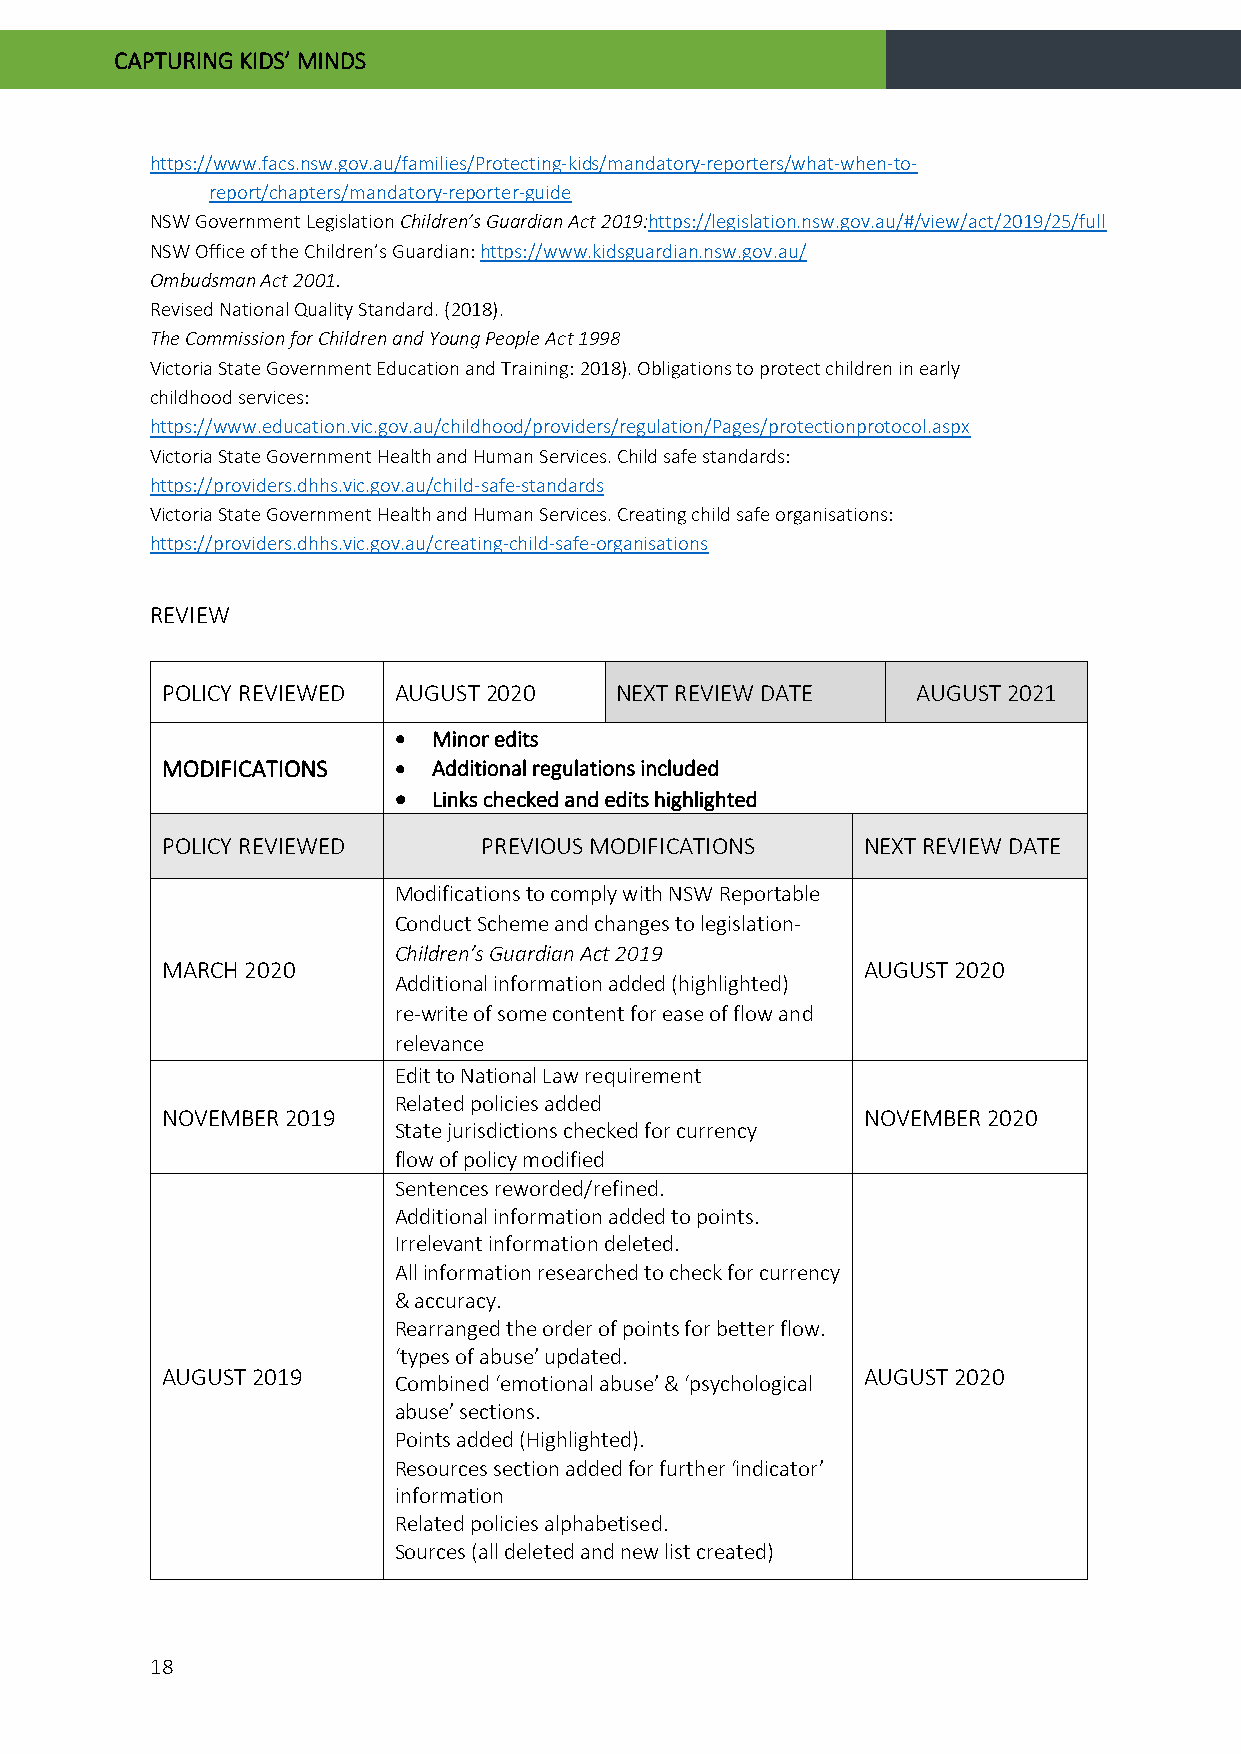
CAPTURING KIDS’ MINDS
 https://www.facs.nsw.gov.au/families/Protecting-kids/mandatory-reporters/what-when-to-
 report/chapters/mandatory-reporter-guide
 NSW Government Legislation Children’s Guardian Act 2019:https://legislation.nsw.gov.au/#/view/act/2019/25/full
 NSW Office of the Children’s Guardian: https://www.kidsguardian.nsw.gov.au/
 Ombudsman Act 2001.
 Revised National Quality Standard. (2018).
 The Commission for Children and Young People Act 1998
 Victoria State Government Education and Training: 2018). Obligations to protect children in early
 childhood services:
 https://www.education.vic.gov.au/childhood/providers/regulation/Pages/protectionprotocol.aspx
 Victoria State Government Health and Human Services. Child safe standards:
 https://providers.dhhs.vic.gov.au/child-safe-standards
 Victoria State Government Health and Human Services. Creating child safe organisations:
 https://providers.dhhs.vic.gov.au/creating-child-safe-organisations
 REVIEW
 POLICY REVIEWED AUGUST 2020   NEXT REVIEW DATE    AUGUST 2021
 •  Minor edits
 MODIFICATIONS  •  Additional regulations included
 •  Links checked and edits highlighted
 POLICY REVIEWED      PREVIOUS MODIFICATIONS   NEXT REVIEW DATE
 Modifications to comply with NSW Reportable
 Conduct Scheme and changes to legislation-
 Children’s Guardian Act 2019
 MARCH 2020                                    AUGUST 2020
 Additional information added (highlighted)
 re-write of some content for ease of flow and
 relevance
 Edit to National Law requirement
 Related policies added
 NOVEMBER 2019                                 NOVEMBER 2020
 State jurisdictions checked for currency
 flow of policy modified
 Sentences reworded/refined.
 Additional information added to points.
 Irrelevant information deleted.
 All information researched to check for currency
 & accuracy.
 Rearranged the order of points for better flow.
 ‘types of abuse’ updated.
 AUGUST 2019                                   AUGUST 2020
 Combined ‘emotional abuse’ & ‘psychological
 abuse’ sections.
 Points added (Highlighted).
 Resources section added for further ‘indicator’
 information
 Related policies alphabetised.
 Sources (all deleted and new list created)
 18